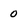
Character: 0